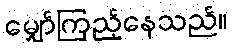
မျှော်ကြည့်နေသည်။